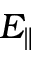
E _ { \parallel }